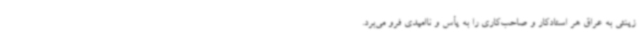
زینتی به عراق هر استادکار و صاحب‌کاری را به یأس و ناامیدی فرو می‌برد.